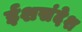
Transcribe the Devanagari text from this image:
ईशसंदेश